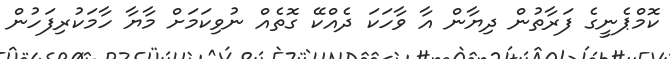
ކޮމްޕެނީގެ ފަރާތުން ދިޔާން އާ ވާހަކަ ދެއްކޭ ގޮތެއް ނުވިކަމަށް މާޔާ ހާމަކުރިފަހުން